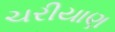
ચરીયાણ